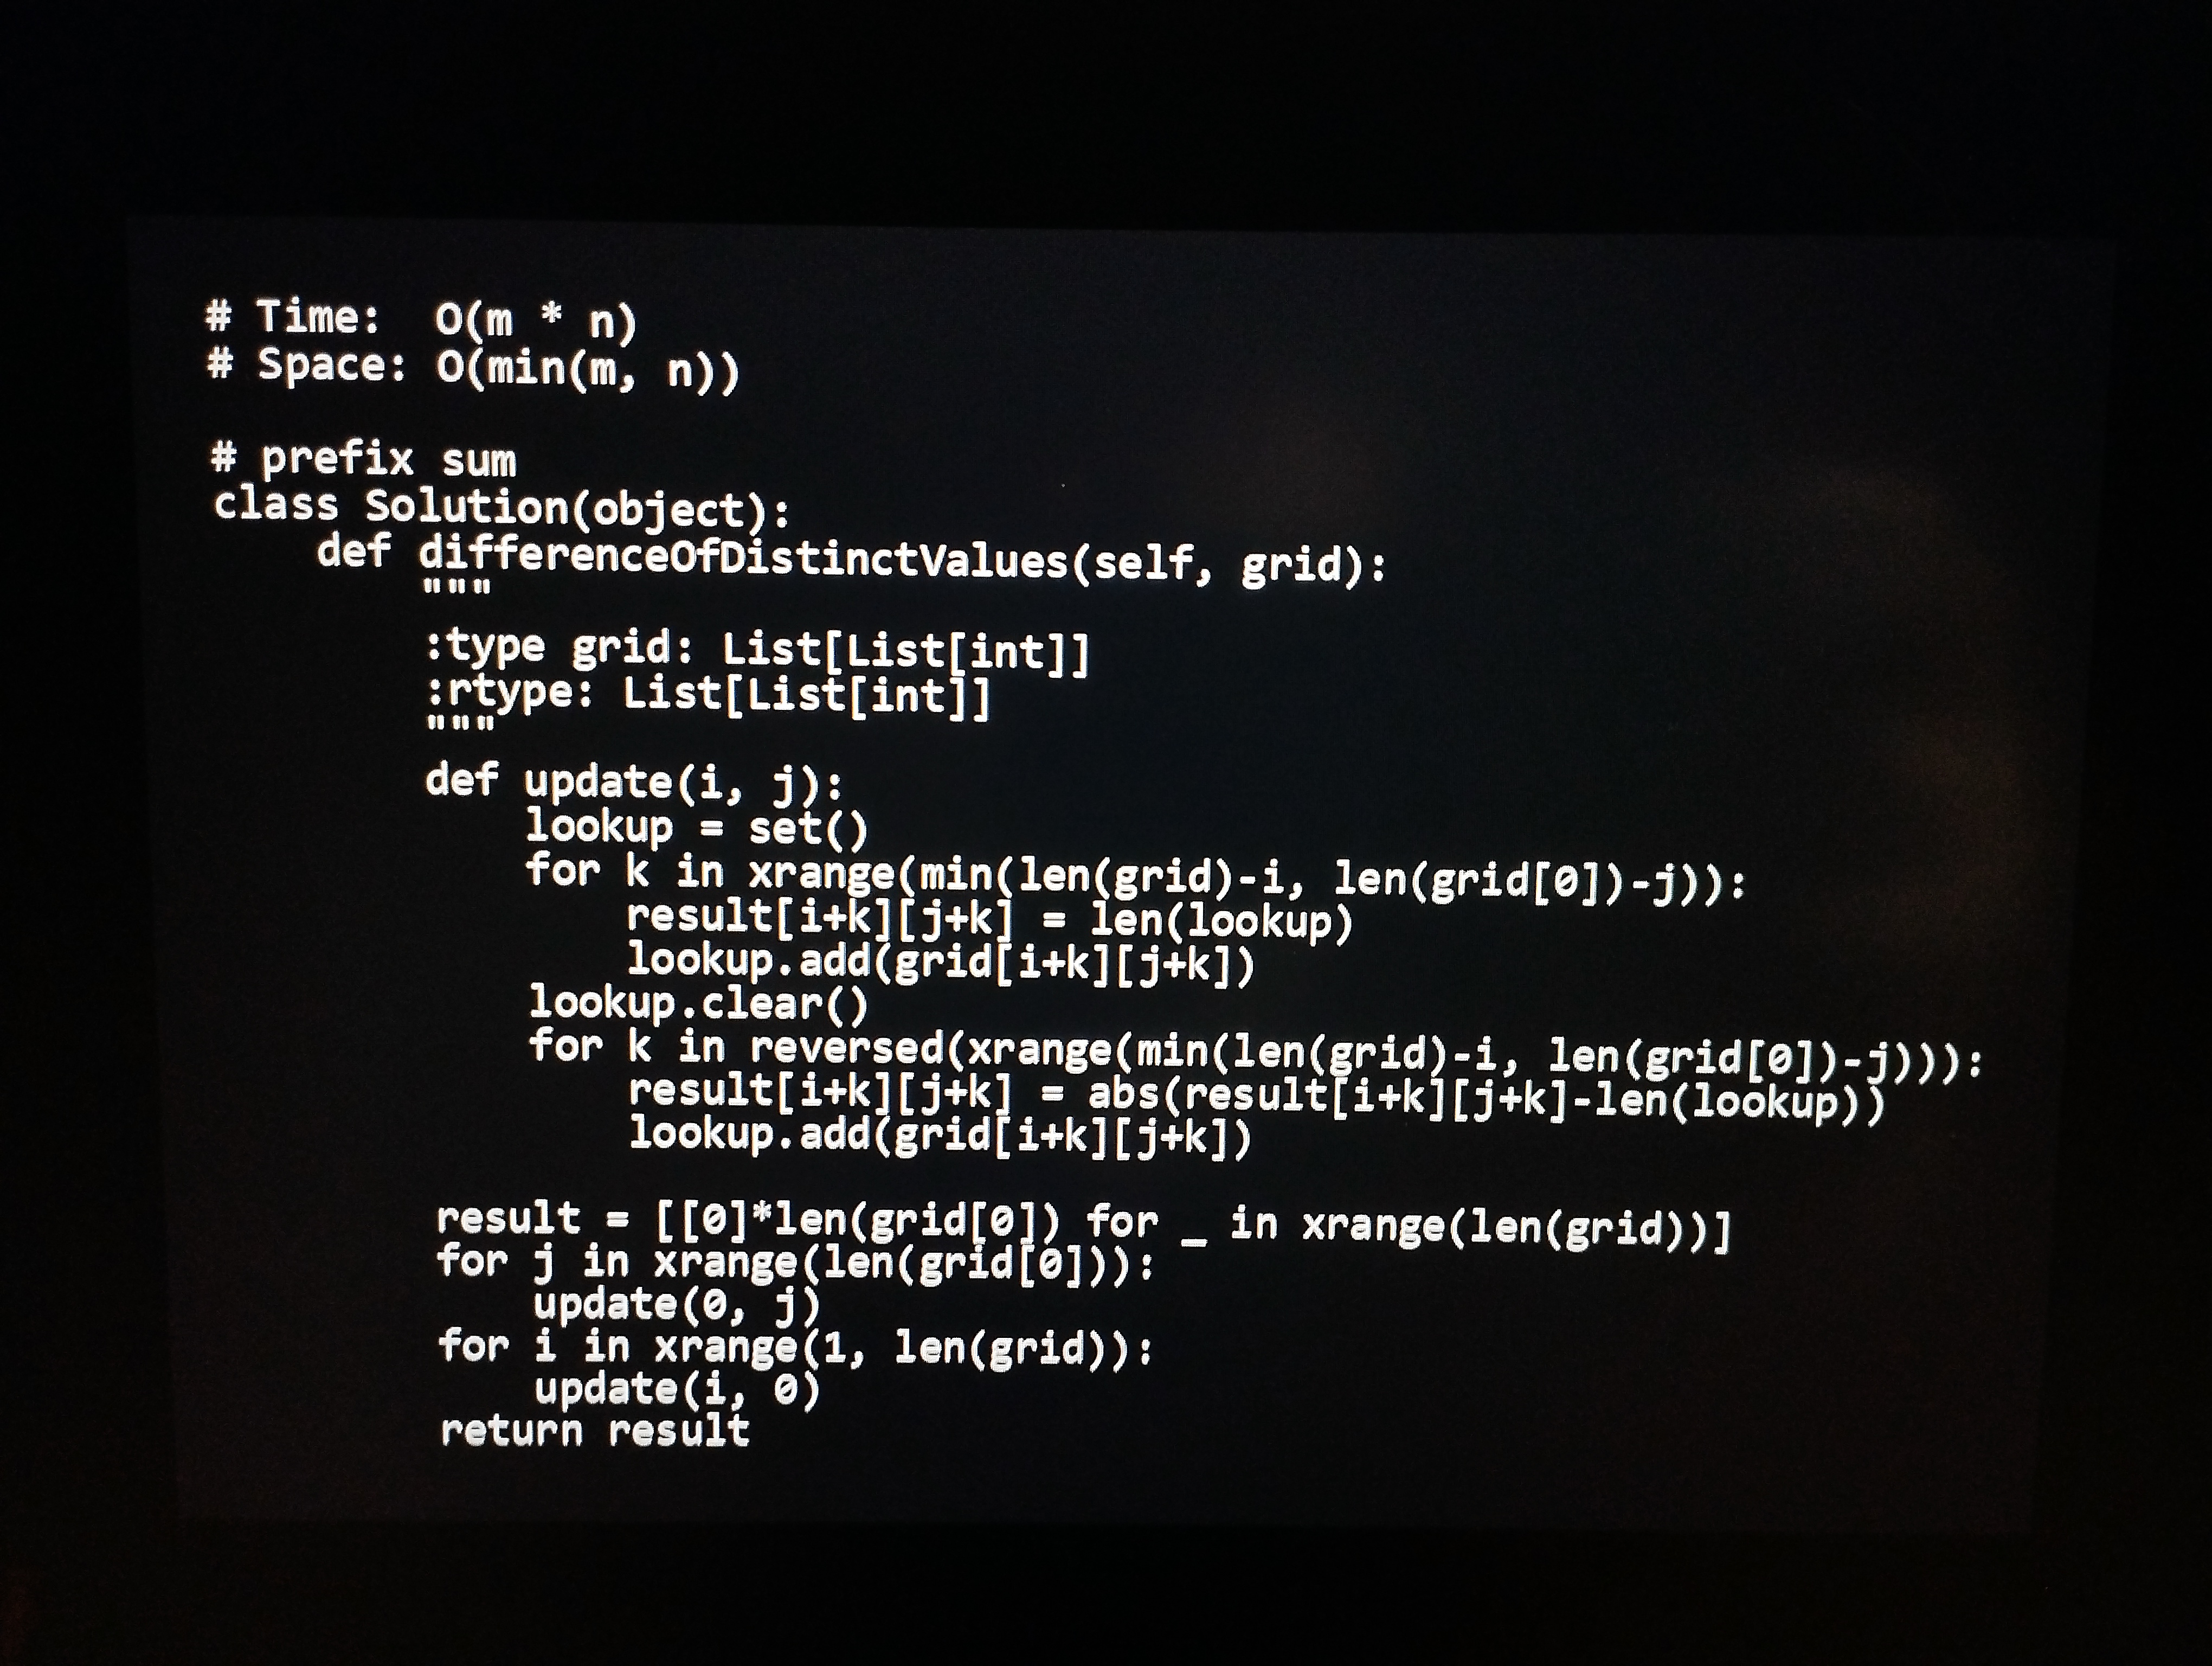
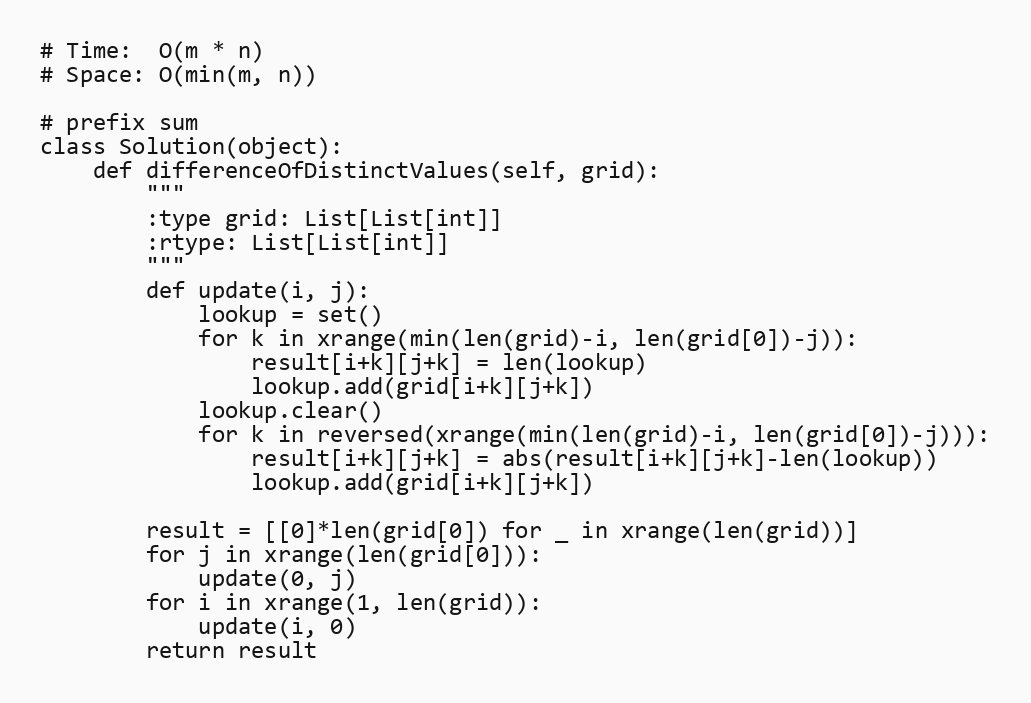
# Time:  O(m * n)
# Space: O(min(m, n))

# prefix sum
class Solution(object):
    def differenceOfDistinctValues(self, grid):
        """
        :type grid: List[List[int]]
        :rtype: List[List[int]]
        """
        def update(i, j):
            lookup = set()
            for k in xrange(min(len(grid)-i, len(grid[0])-j)):
                result[i+k][j+k] = len(lookup)
                lookup.add(grid[i+k][j+k])
            lookup.clear()
            for k in reversed(xrange(min(len(grid)-i, len(grid[0])-j))):
                result[i+k][j+k] = abs(result[i+k][j+k]-len(lookup))
                lookup.add(grid[i+k][j+k])

        result = [[0]*len(grid[0]) for _ in xrange(len(grid))]
        for j in xrange(len(grid[0])):
            update(0, j)
        for i in xrange(1, len(grid)):
            update(i, 0)
        return result